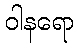
ဝါနရော